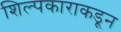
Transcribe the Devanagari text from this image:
शिल्पकाराकडून